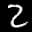
Label: 2